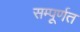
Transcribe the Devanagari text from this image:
सम्पूर्णत